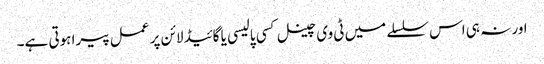
اور نہ ہی اس سلسلے میں ٹی وی چینل کسی پالیسی یا گائیڈ لائن پر عمل پیرا ہوتی ہے۔